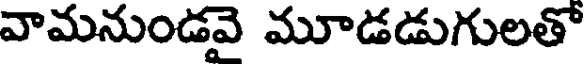
వామనుండవె మూడడుగులతో